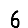
Digit: 6